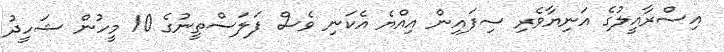
އިސްރާއީލުގެ އަނިޔާވެރި ސިފައިން އިއްޔެ އެކަނި ވެސް ފަލަސްތީނުގެ 10 މީހުން ޝަހީދު